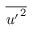
\overline { { { u ^ { \prime } } ^ { 2 } } }